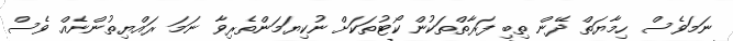
ނަމަވެސް ހިމާޔަތް ދޭން ތިބި ފަރާތްތަކުން ކޯޓުތަކަށް ނުކިޔަމަންތެރިވާ ނަމަ ރައްޔިތުންނެއް ވެސް